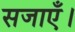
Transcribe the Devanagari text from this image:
सजाएँ।